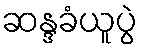
ဆန္ဒခံယူပွဲ